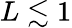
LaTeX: L\lesssim 1